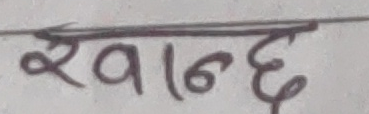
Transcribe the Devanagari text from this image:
रवान्छ